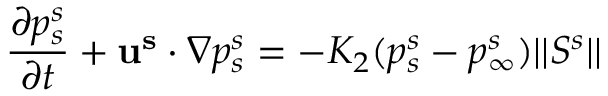
\frac { \partial p _ { s } ^ { s } } { \partial t } + \mathbf { u ^ { s } } \cdot \nabla p _ { s } ^ { s } = - K _ { 2 } ( p _ { s } ^ { s } - p _ { \infty } ^ { s } ) \vert \vert \boldsymbol { S ^ { s } } \vert \vert